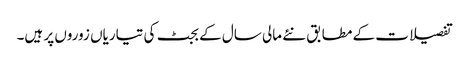
تفصیلات کے مطابق نئے مالی سال کے بجٹ کی تیاریاں زوروں پر ہیں۔